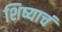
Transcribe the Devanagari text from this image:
शिष्याचं